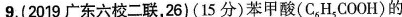
9.(2019广东六校二联，26)(15分)苯甲酸(C_{6}H_{5}COOH)的